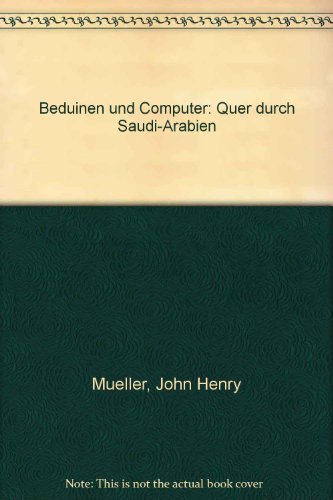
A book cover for Beduinen und Computer: Quer durch Saudi-Arabien (German Edition); John Henry Mueller; Travel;